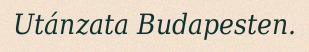
Utánzata Budapesten.